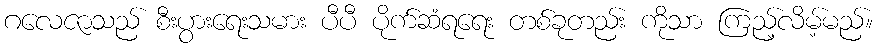
ဂလေဇာသည် စီးပွားရေးသမား ပီပီ ပိုက်ဆံရရေး တစ်ခုတည်း ကိုသာ ကြည့်လိမ့်မည်။